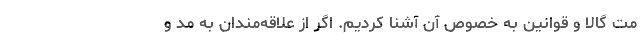
مت گالا و قوانین به خصوص آن آشنا کردیم. اگر از علاقه‌مندان به مد و